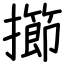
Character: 擳